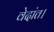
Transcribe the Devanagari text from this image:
वेदांत।